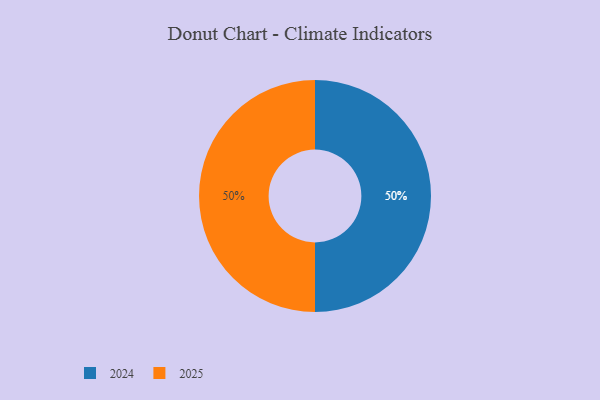
{"axis": {"x": "Category", "y": "Percentage"}, "legend": ["2024", "2025"], "data": [{"x": "2024", "y": 50, "type": "2024"}, {"x": "2025", "y": 50, "type": "2025"}]}